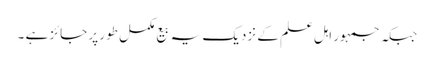
جبکہ جمہور اہلِ علم کے نزدیک یہ بیع مکمل طور پر جائز ہے ۔